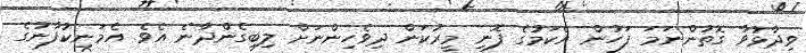
ވިދާޅުވާ ގޮތުންނަމަ ފަހުން އެކަމުގެ ފޮނި މީރުކަން ދިވެހިންނަށް ލިބިގެންދާނެ އެވެ. އެމަނިކުފާނުގެ